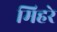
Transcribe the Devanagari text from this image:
मिहरे